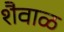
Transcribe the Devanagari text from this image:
शैवाळ